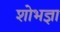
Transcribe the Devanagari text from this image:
शोभज्ञा